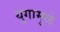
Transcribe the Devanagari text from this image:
युगामुळे